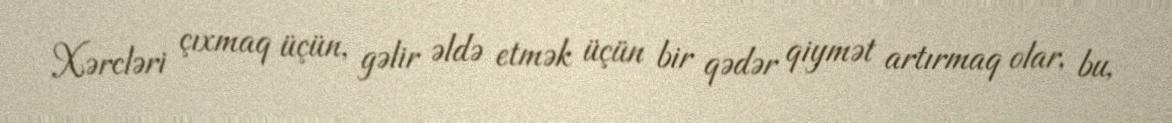
Xərcləri çıxmaq üçün, gəlir əldə etmək üçün bir qədər qiymət artırmaq olar, bu,